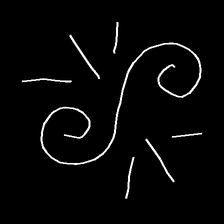
Glyph: wind-directs-air